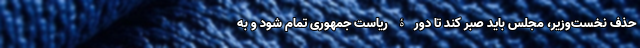
حذف نخست‌وزیر، مجلس باید صبر کند تا دورۀ ریاست جمهوری تمام شود و به